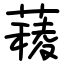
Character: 薐